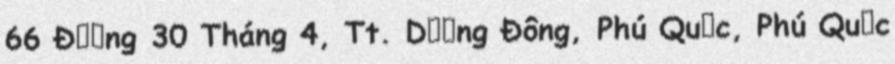
66 Đường 30 Tháng 4, Tt. Dương Đông, Phú Quốc, Phú Quốc